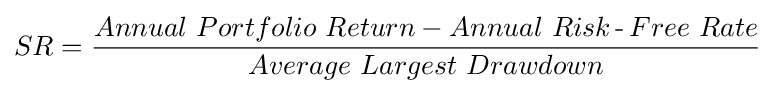
SR={\frac {Annual\ Portfolio\ Return-Annual\ Risk\operatorname {-} Free\ Rate}{Average\ Largest\ Drawdown}}